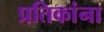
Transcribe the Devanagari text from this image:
प्रतिकांना